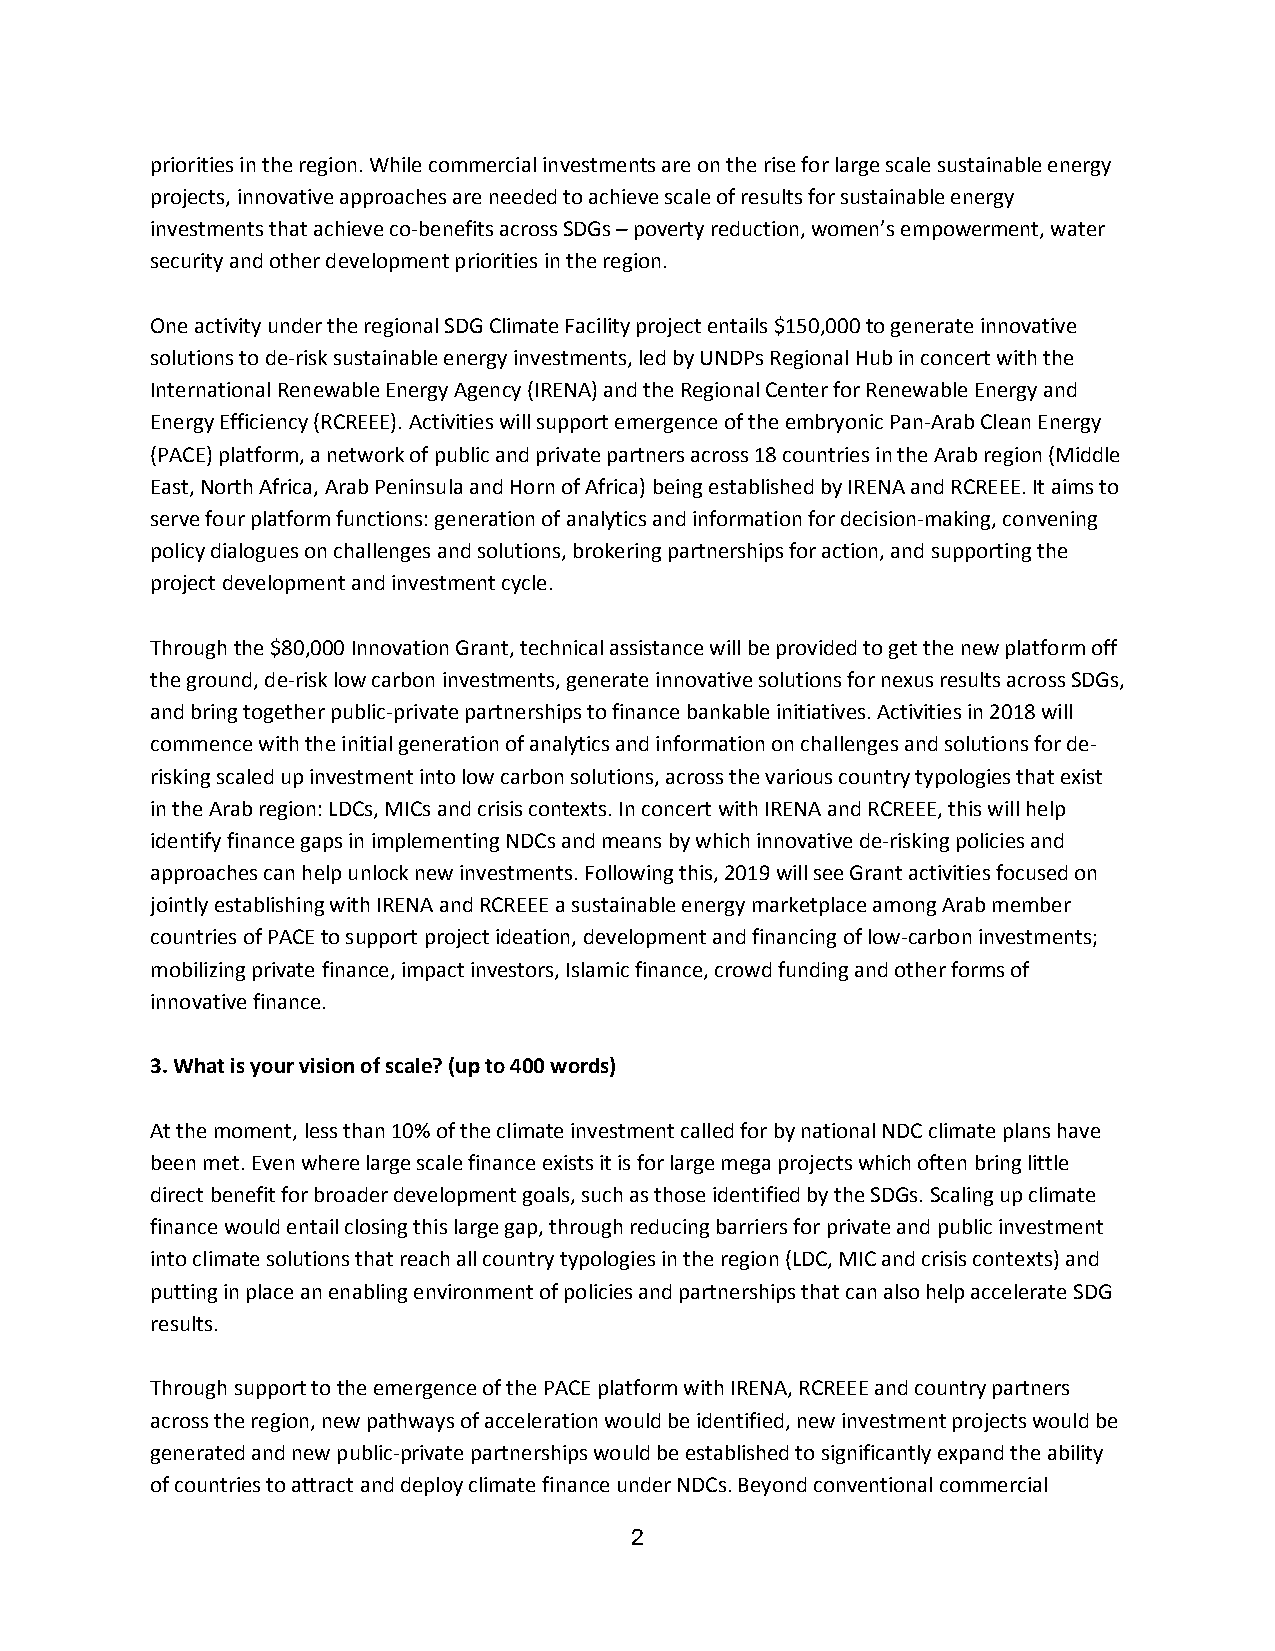
priorities in the region. While commercial investments are on the rise for large scale sustainable energy
 projects, innovative approaches are needed to achieve scale of results for sustainable energy
 investments that achieve co-benefits across SDGs – poverty reduction, women’s empowerment, water
 security and other development priorities in the region.
 One activity under the regional SDG Climate Facility project entails $150,000 to generate innovative
 solutions to de-risk sustainable energy investments, led by UNDPs Regional Hub in concert with the
 International Renewable Energy Agency (IRENA) and the Regional Center for Renewable Energy and
 Energy Efficiency (RCREEE). Activities will support emergence of the embryonic Pan-Arab Clean Energy
 (PACE) platform, a network of public and private partners across 18 countries in the Arab region (Middle
 East, North Africa, Arab Peninsula and Horn of Africa) being established by IRENA and RCREEE. It aims to
 serve four platform functions: generation of analytics and information for decision-making, convening
 policy dialogues on challenges and solutions, brokering partnerships for action, and supporting the
 project development and investment cycle.
 Through the $80,000 Innovation Grant, technical assistance will be provided to get the new platform off
 the ground, de-risk low carbon investments, generate innovative solutions for nexus results across SDGs,
 and bring together public-private partnerships to finance bankable initiatives. Activities in 2018 will
 commence with the initial generation of analytics and information on challenges and solutions for de-
 risking scaled up investment into low carbon solutions, across the various country typologies that exist
 in the Arab region: LDCs, MICs and crisis contexts. In concert with IRENA and RCREEE, this will help
 identify finance gaps in implementing NDCs and means by which innovative de-risking policies and
 approaches can help unlock new investments. Following this, 2019 will see Grant activities focused on
 jointly establishing with IRENA and RCREEE a sustainable energy marketplace among Arab member
 countries of PACE to support project ideation, development and financing of low-carbon investments;
 mobilizing private finance, impact investors, Islamic finance, crowd funding and other forms of
 innovative finance.
 3. What is your vision of scale? (up to 400 words)
 At the moment, less than 10% of the climate investment called for by national NDC climate plans have
 been met. Even where large scale finance exists it is for large mega projects which often bring little
 direct benefit for broader development goals, such as those identified by the SDGs. Scaling up climate
 finance would entail closing this large gap, through reducing barriers for private and public investment
 into climate solutions that reach all country typologies in the region (LDC, MIC and crisis contexts) and
 putting in place an enabling environment of policies and partnerships that can also help accelerate SDG
 results.
 Through support to the emergence of the PACE platform with IRENA, RCREEE and country partners
 across the region, new pathways of acceleration would be identified, new investment projects would be
 generated and new public-private partnerships would be established to significantly expand the ability
 of countries to attract and deploy climate finance under NDCs. Beyond conventional commercial
 2